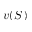
v ( S )